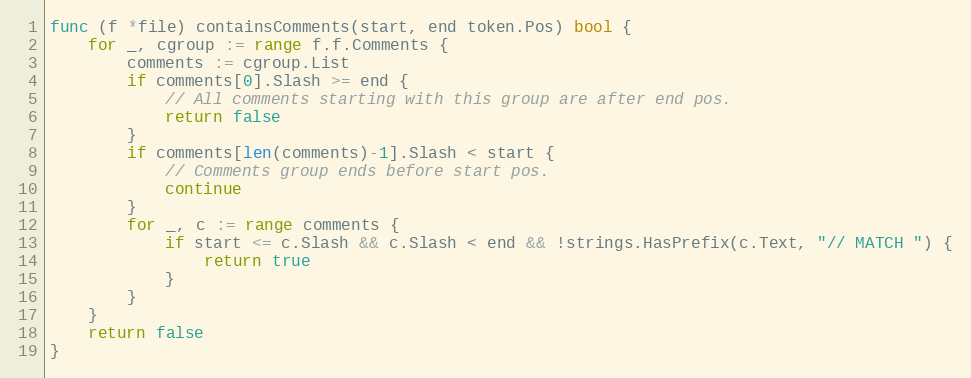
Language: Go
func (f *file) containsComments(start, end token.Pos) bool {
	for _, cgroup := range f.f.Comments {
		comments := cgroup.List
		if comments[0].Slash >= end {
			// All comments starting with this group are after end pos.
			return false
		}
		if comments[len(comments)-1].Slash < start {
			// Comments group ends before start pos.
			continue
		}
		for _, c := range comments {
			if start <= c.Slash && c.Slash < end && !strings.HasPrefix(c.Text, "// MATCH ") {
				return true
			}
		}
	}
	return false
}